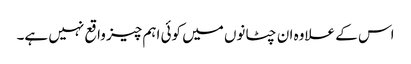
اس کے علاوہ ان چٹانوں میں کوئی اہم چیز واقع نہیں ہے۔